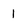
Character: I